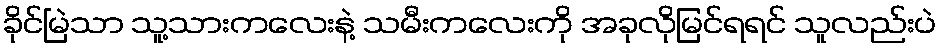
ခိုင်မြဲသာ သူ့သားကလေးနဲ့ သမီးကလေးကို အခုလိုမြင်ရရင် သူလည်းပဲ